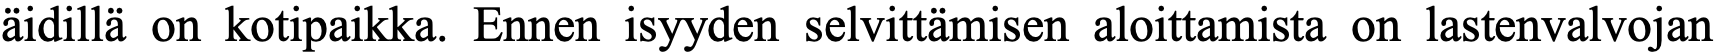
äidillä on kotipaikka. Ennen isyyden selvittämisen aloittamista on lastenvalvojan